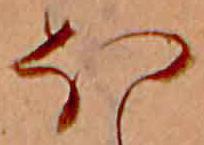
ほ